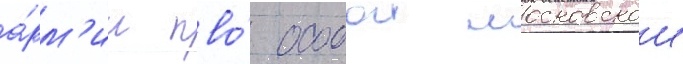
а́рм'ии пво́ особои московскои